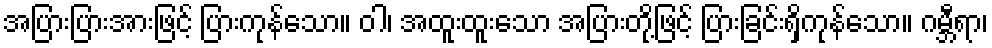
အပြားပြားအားဖြင့် ပြားကုန်သော။ ဝါ၊ အထူးထူးသော အပြားတို့ဖြင့် ပြားခြင်းရှိကုန်သော။ ဂမ္ဘီရာ၊